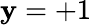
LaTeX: \mathbf{y}=+1